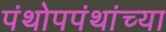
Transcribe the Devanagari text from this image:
पंथोपपंथांच्या